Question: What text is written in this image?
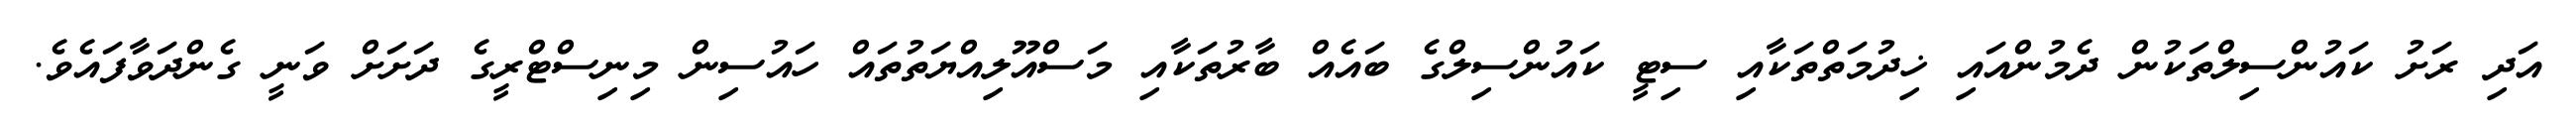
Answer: އަދި ރަށު ކައުންސިލްތަކުން ދެމުންއައި ޚިދުމަތްތަކާއި ސިޓީ ކައުންސިލްގެ ބައެއް ބާރުތަކާއި މަސްއޫލިއްޔަތުތައް ހައުސިން މިނިސްޓްރީގެ ދަށަށް ވަނީ ގެންދަވާފައެވެ.